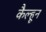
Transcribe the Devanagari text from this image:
कैल्हून